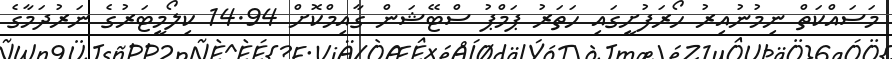
މަސައްކަތް ނިމުނުއިރު ހޯރަފުށީގައި ހަތަރު ޕަމްޕު ސްޓޭޝަން ގާއިމްކޮށް 14.94 ކިލޯމީޓަރުގެ ނަރުދަމާގެ